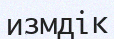
измдік